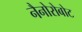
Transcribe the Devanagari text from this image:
नैनोरोबोट